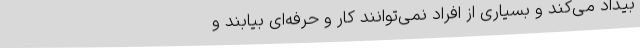
بیداد می‌کند و بسیاری از افراد نمی‌توانند کار و حرفه‌ای بیابند و